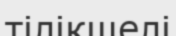
тілікшелі